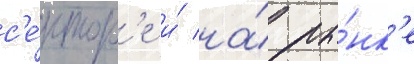
с'е́ктор'е и́ на́ ры́нк'е